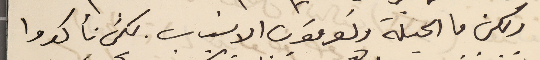
ولكن ما الحيلة وتعرفون الاسباب. لكن تأكدوا